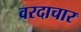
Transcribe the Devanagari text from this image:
वरदाचार